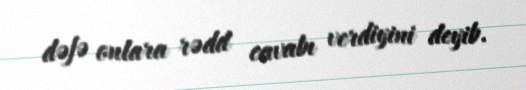
dəfə onlara rədd cavabı verdiyini deyib.